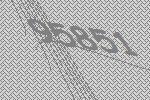
95851